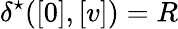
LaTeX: {\delta^{\star}([0],[v])=R}